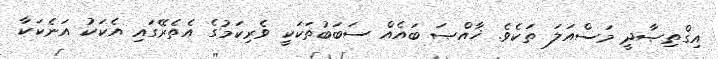
އިގްތިޞާދީ މަސްއަލަ ތަކެވެ. ޚާއްޞަ ބައެއް ސަބަބުތަކަކީ ވެރިކަމުގެ އެތެރޭގައި އެކަކު އަނެކަކާ